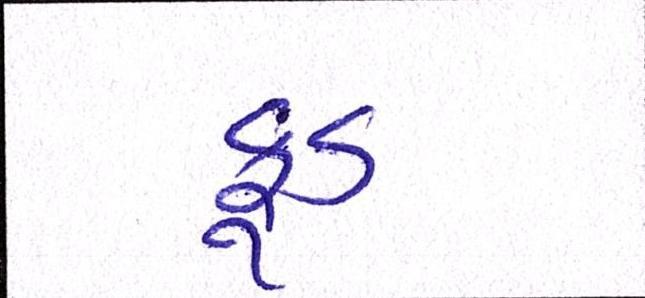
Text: ફૂડ